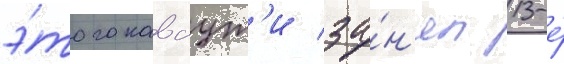
э́того каваут'и за́н'ял 13-е́